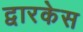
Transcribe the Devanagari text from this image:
द्वारकेस